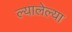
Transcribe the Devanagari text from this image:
ल्यालेल्या